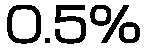
0.5%